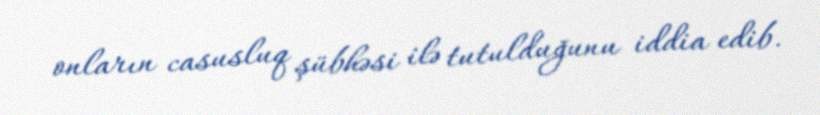
onların casusluq şübhəsi ilə tutulduğunu iddia edib.